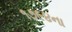
૧૭૯૪ના